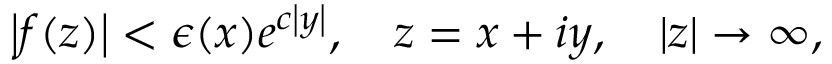
\left| f ( z ) \right| < \epsilon ( x ) e ^ { c \left| y \right| } , \quad z = x + i y , \quad \left| z \right| \rightarrow \infty ,